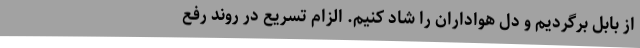
از بابل برگردیم و دل هواداران را شاد کنیم. الزام تسریع در روند رفع